Report on the cultivation and use of ganja
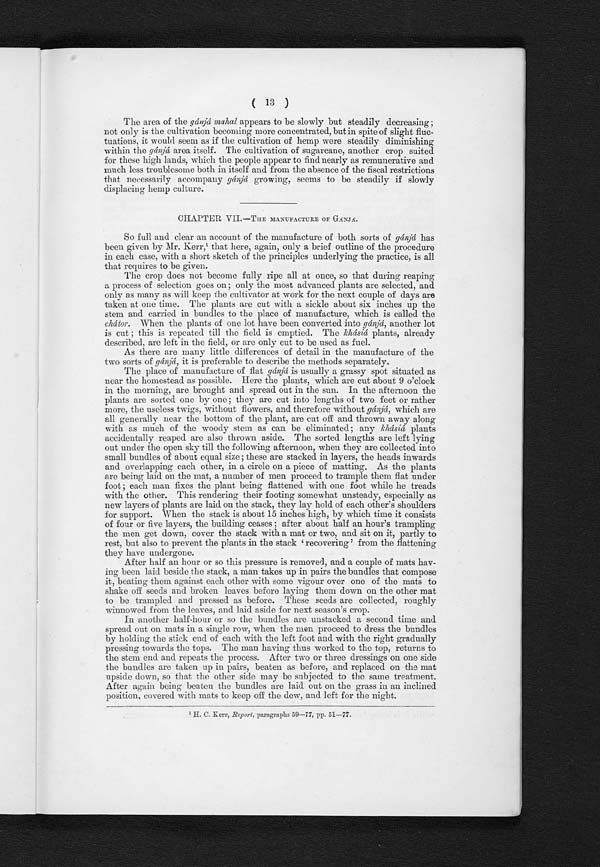
( 13 )
The area of the gánjá mahal appears to be slowly but steadily decreasing;
not only is the cultivation becoming more concentrated, but in spite of slight fluc-
tuations, it would seem as if the cultivation of hemp were steadily diminishing
within the gánjá area itself. The cultivation of sugarcane, another crop suited
for these high lands, which the people appear to find nearly as remunerative and
much less troublesome both in itself and from the absence of the fiscal restrictions
that necessarily accompany gánjá growing, seems to be steadily if slowly
displacing hemp culture.
CHAPTER VII.—T
HE MANUFACTURE OF GÁNJÁ.
So full and clear an account of the manufacture of both sorts of gánjá has
been given by Mr. Kerr,1 t h a t h e r e , a g a i n , o n l y a b r i e f o u t l i n e o f t h e p r o c e d u r e
in each case with a short sketch
o f t h e p r i n c i p l e s u n d e r l y i n g t h e p r a c t i c e , i s a l l t h a t r e q u i r e s t o b e g i v e n .
The crop does not become fully ripe all at once, so that during reaping
a process of selection goes on only the most advanced plants are selected, and
only as many as will keep the cultivator at work for the next couple of days are
taken at one time. The plants are cut with a sickle about six inches up the
stem and carried in bundles to the place of manufacture, which is called the
C h á t o r .
w h e n t h e p l a n t s o f o n e l o t h a v e b e e n c o n v e r t e d i n t og
á n j á
, a n o t h e r l o t i s c u t ; t h i s i s r e p e a t e d t i l l t h e f i e l d i s e m p t i e d . T h ek
h á
s i á
p l a n t s , a l r e a d y
described, are left in the field, or are only cut to be used as fuel.
As there are many little differences of detail in the manufacture of the
two sorts of gánjá, it is preferable to describe the methods separately.
The place of manufacture of flat gánjá is usually a grassy spot situated as
near the homestead as possible. Here the plants, which are cut about 9 o'clock
in the morning, are brought and spread out in the sun. In the afternoon the
plants are sorted one by one ; they are cut into lengths of two feet or rather
more, the useless twigs, without flowers, and therefore without gánjá, which are
a l l g e n e r a l l y n e a r t h e b o t t o m o f t h e p l a n t , a r e c u t o f f a n d t h r o w n a w a y a l o n g w i t h a s m u c h o f t h e w o o d y s t e m a s c a n b e e l i m i n a t e d ; a n y
k h á s i á
p l a n t s
accidentally reaped are also thrown aside. The sorted lengths are left lying
out under the open sky till the following afternoon, when they are collected into
small bundles of about equal size ; these are stacked in layers, the heads inwards
and overlapping each other, in a circle on a piece of matting. As the plants
are being laid on the mat, a number of men proceed to trample them flat under
foot ; each man fixes the plant being flattened with one foot while he treads
with the other. This rendering their footing somewhat unsteady, especially as
new layers of plants are laid on the stack, they lay hold of each other's shoulders
for support. When the stack is about 15 inches high, by which time it consists
of four or five layers, the building ceases after about half an hour's trampling
the men get down, cover the stack with a mat or two, and sit on it, partly to
rest, but also to prevent the plants in the stack recovering' from the flattening
they have undergone.
After half an hour or so this pressure is removed, and a couple of mats hav-
ing been laid beside the stack, a man takes up in pairs the bundles that compose
it, beating them against each other with some vigour over one of the mats to
shake off seeds and broken leaves before laying them down on the other mat
to be trampled and pressed as before. These seeds are collected, roughly
winnowed from the leaves, and laid aside for next season's crop.
In another half-hour or so the bundles are unstacked a second time and
spread out on mats in a single row, when the men proceed to dress the bundles
by holding the stick end of each with the left foot and with the right gradually
pressing towards the tops. The man having thus worked to the top, returns to
the stem end and repeats the process. After two or three dressings on one side
the bundles are taken up in pairs, beaten as before, and replaced on the mat
upside down, so that the other side may be subjected to the same treatment.
After again being beaten the bundles are laid out on the grass in an inclined
position, covered with mats to keep off the dew, and left for the night.
1 H. C. Kerr, Report, paragraphs 59—77, pp. 51—77.